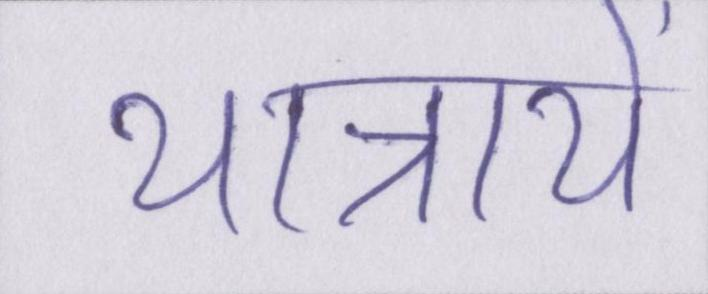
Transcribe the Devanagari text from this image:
यात्रायें